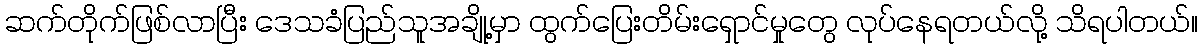
ဆက်တိုက်ဖြစ်လာပြီး ဒေသခံပြည်သူအချို့မှာ ထွက်ပြေးတိမ်းရှောင်မှုတွေ လုပ်နေရတယ်လို့ သိရပါတယ်။